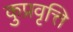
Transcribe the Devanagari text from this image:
कुप्रवृत्ति